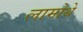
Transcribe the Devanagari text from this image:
लामोथे